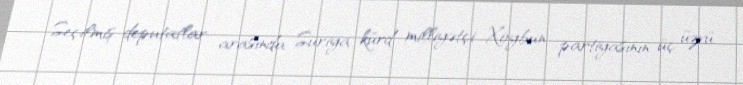
Seçilmiş deputatlar arasında Suriya kürd milliyətçi Xoybun partiyasının üç üzvü